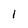
Character: 1